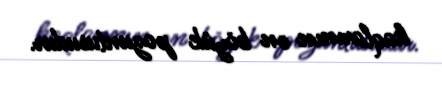
haqlarının ən böyük pozuntusudur.